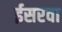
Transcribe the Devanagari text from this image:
ईसरवा